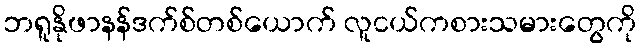
ဘရူနိုဖာနန်ဒက်စ်တစ်ယောက် လူငယ်ကစားသမားတွေကို